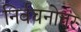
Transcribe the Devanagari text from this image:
निर्वचनोत्तर